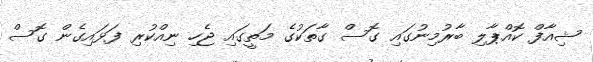
ޝިއާފް ކޮއްޕާލި ބާރުމިނުގައި ގޮސް ގާތަކުގެ މަތީގައި ޖެހި ނިއްކުރި ފަޅައިގެން ގޮސް